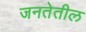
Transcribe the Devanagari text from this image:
जनतेतील